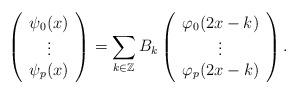
LaTeX: \begin{align*}\left ( \begin{array}{c} \psi_{0}(x) \\ \vdots \\ \psi_{p}(x) \end{array} \right ) = \sum_{k \in \mathbb{Z} } B_{k} \left ( \begin{array}{c} \varphi_{0}(2x - k) \\ \vdots \\ \varphi_{p}(2x - k) \end{array} \right ) .\end{align*}